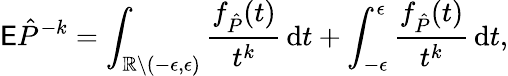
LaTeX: \mathsf E\hat{P}^{-k}=\int_{\mathbb R\setminus(-\epsilon,\epsilon)}\frac{f_{\hat{P}}(t)}{t^{k}}\, \mathrm dt+\int_{-\epsilon}^{\epsilon}\frac{f_{\hat{P}}(t)}{t^{k}}\, \mathrm dt,